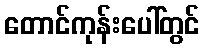
တောင်ကုန်းပေါ်တွင်